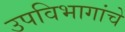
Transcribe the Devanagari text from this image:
उपविभागांचे